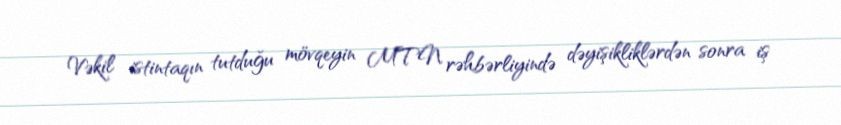
Vəkil istintaqın tutduğu mövqeyin MTN rəhbərliyində dəyişikliklərdən sonra iş